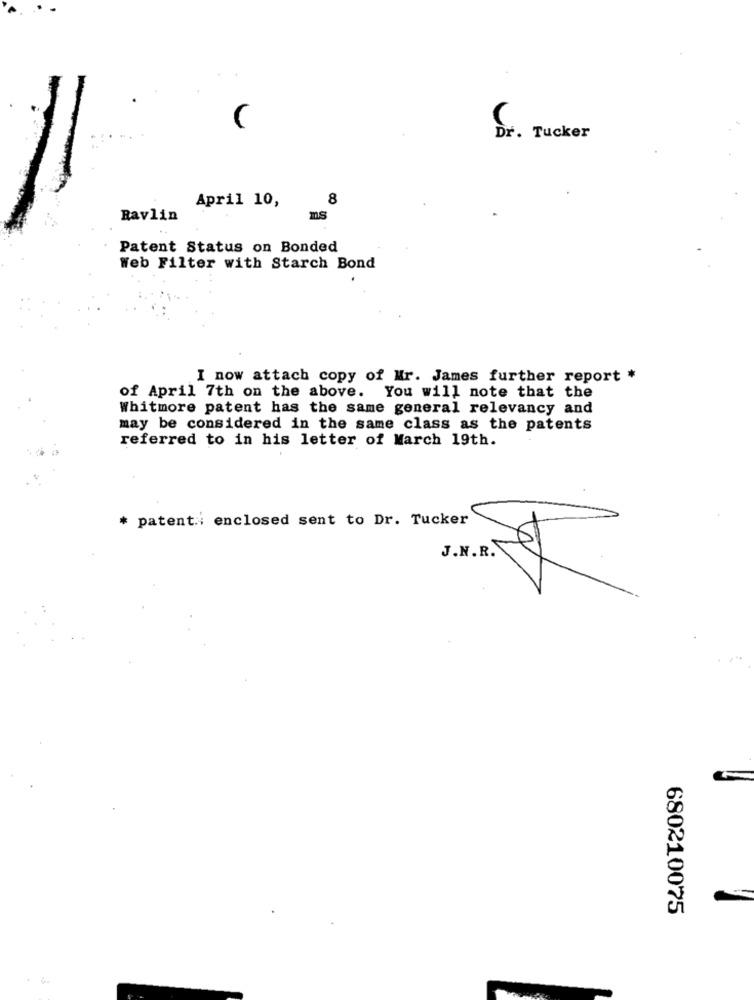
Dr. Tucker
8
April 10,
Ravlin
ms
Patent Status on Bonded
Web Filter with Starch Bond
I now attach copy of Mr. James further report *
of April 7th on the above. You will note that the
Whitmore patent has the same general relevancy and
may be considered in the same class as the patents
referred to in his letter of March 19th.
LA
* patent: enclosed sent to Dr. Tucker
680210075